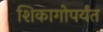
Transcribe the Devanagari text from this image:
शिकागोपर्यंत